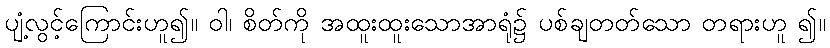
ပျံ့လွင့်ကြောင်းဟူ၍။ ဝါ၊ စိတ်ကို အထူးထူးသောအာရုံ၌ ပစ်ချတတ်သော တရားဟူ ၍။